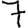
Digit: 7